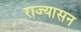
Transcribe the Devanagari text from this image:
राज्यासन